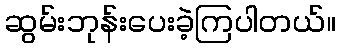
ဆွမ်းဘုန်းပေးခဲ့ကြပါတယ်။